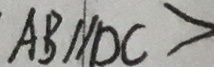
A B / / D C >